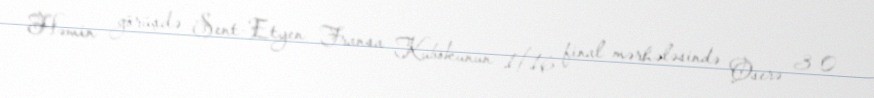
Həmin görüşdə Sent-Etyen Fransa Kubokunun 1/16 final mərhələsində Oserə 3-0